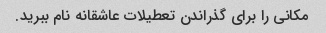
مکانی را برای گذراندن تعطیلات عاشقانه نام ببرید.